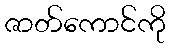
ဇာတ်ကောင်ကို